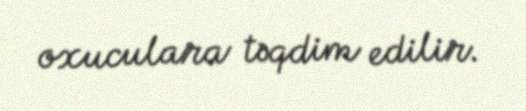
oxuculara təqdim edilir.